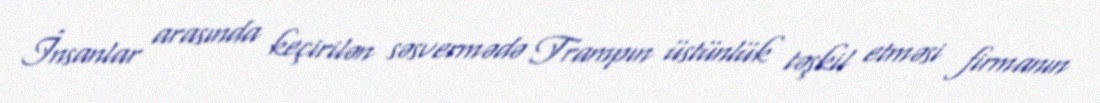
İnsanlar arasında keçirilən səsvermədə Trampın üstünlük təşkil etməsi firmanın